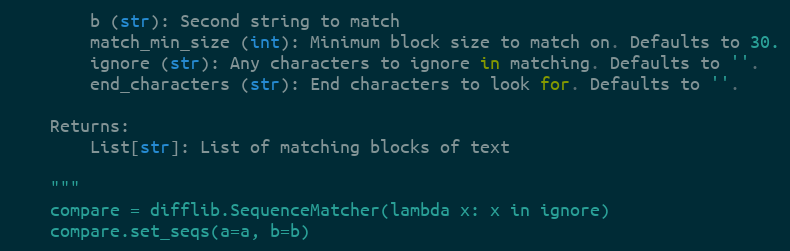
Language: Python
        b (str): Second string to match
        match_min_size (int): Minimum block size to match on. Defaults to 30.
        ignore (str): Any characters to ignore in matching. Defaults to ''.
        end_characters (str): End characters to look for. Defaults to ''.

    Returns:
        List[str]: List of matching blocks of text

    """
    compare = difflib.SequenceMatcher(lambda x: x in ignore)
    compare.set_seqs(a=a, b=b)